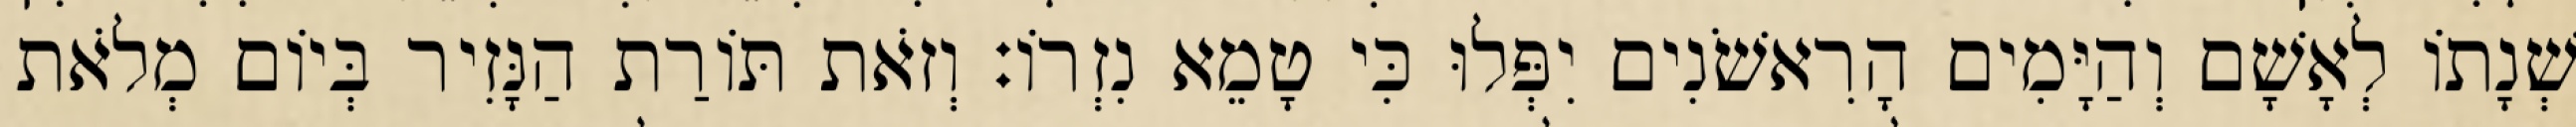
שְׁנָתוֹ לְאָשָׁם וְהַיָּמִים הָרִאשֹׁנִים יִפְּלוּ כִּי טָמֵא נִזְרוֹ׃ וְזֹאת תּוֹרַת הַנָּזִיר בְּיוֹם מְלֹאת